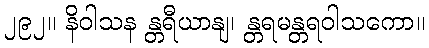
၂၉၂။ နိဝါသန န္တရီယာနျ၊ န္တရမန္တရဝါသကော။